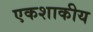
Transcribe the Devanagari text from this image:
एकशाकीय